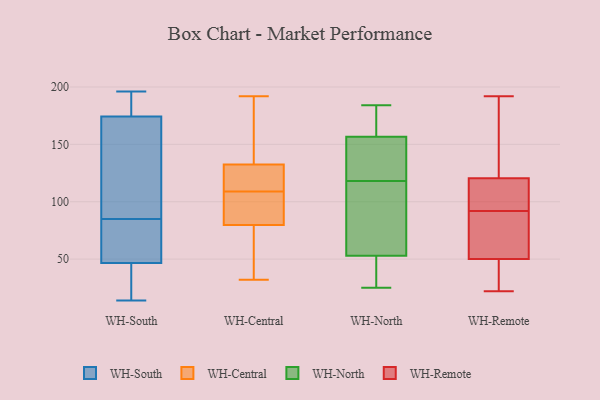
{"axis": {"x": "Customer Acquisition Cost (USD)", "y": "Value"}, "legend": ["WH-Central", "WH-North", "WH-Remote", "WH-South"], "data": [{"x": "", "y": 71, "type": "WH-South"}, {"x": "", "y": 196, "type": "WH-South"}, {"x": "", "y": 41, "type": "WH-South"}, {"x": "", "y": 42, "type": "WH-South"}, {"x": "", "y": 50, "type": "WH-South"}, {"x": "", "y": 85, "type": "WH-South"}, {"x": "", "y": 177, "type": "WH-South"}, {"x": "", "y": 141, "type": "WH-South"}, {"x": "", "y": 14, "type": "WH-South"}, {"x": "", "y": 195, "type": "WH-South"}, {"x": "", "y": 175, "type": "WH-South"}, {"x": "", "y": 121, "type": "WH-South"}, {"x": "", "y": 84, "type": "WH-South"}, {"x": "", "y": 37, "type": "WH-South"}, {"x": "", "y": 163, "type": "WH-South"}, {"x": "", "y": 174, "type": "WH-South"}, {"x": "", "y": 48, "type": "WH-South"}, {"x": "", "y": 84, "type": "WH-Central"}, {"x": "", "y": 161, "type": "WH-Central"}, {"x": "", "y": 192, "type": "WH-Central"}, {"x": "", "y": 115, "type": "WH-Central"}, {"x": "", "y": 188, "type": "WH-Central"}, {"x": "", "y": 51, "type": "WH-Central"}, {"x": "", "y": 158, "type": "WH-Central"}, {"x": "", "y": 91, "type": "WH-Central"}, {"x": "", "y": 32, "type": "WH-Central"}, {"x": "", "y": 112, "type": "WH-Central"}, {"x": "", "y": 109, "type": "WH-Central"}, {"x": "", "y": 65, "type": "WH-Central"}, {"x": "", "y": 96, "type": "WH-Central"}, {"x": "", "y": 100, "type": "WH-Central"}, {"x": "", "y": 124, "type": "WH-Central"}, {"x": "", "y": 123, "type": "WH-Central"}, {"x": "", "y": 67, "type": "WH-Central"}, {"x": "", "y": 120, "type": "WH-North"}, {"x": "", "y": 89, "type": "WH-North"}, {"x": "", "y": 25, "type": "WH-North"}, {"x": "", "y": 52, "type": "WH-North"}, {"x": "", "y": 52, "type": "WH-North"}, {"x": "", "y": 56, "type": "WH-North"}, {"x": "", "y": 157, "type": "WH-North"}, {"x": "", "y": 142, "type": "WH-North"}, {"x": "", "y": 183, "type": "WH-North"}, {"x": "", "y": 156, "type": "WH-North"}, {"x": "", "y": 177, "type": "WH-North"}, {"x": "", "y": 105, "type": "WH-North"}, {"x": "", "y": 118, "type": "WH-North"}, {"x": "", "y": 30, "type": "WH-North"}, {"x": "", "y": 184, "type": "WH-North"}, {"x": "", "y": 79, "type": "WH-Remote"}, {"x": "", "y": 38, "type": "WH-Remote"}, {"x": "", "y": 31, "type": "WH-Remote"}, {"x": "", "y": 62, "type": "WH-Remote"}, {"x": "", "y": 132, "type": "WH-Remote"}, {"x": "", "y": 192, "type": "WH-Remote"}, {"x": "", "y": 99, "type": "WH-Remote"}, {"x": "", "y": 22, "type": "WH-Remote"}, {"x": "", "y": 114, "type": "WH-Remote"}, {"x": "", "y": 90, "type": "WH-Remote"}, {"x": "", "y": 127, "type": "WH-Remote"}, {"x": "", "y": 94, "type": "WH-Remote"}]}